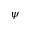
\psi